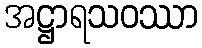
အဋ္ဌာရသဝဿာ